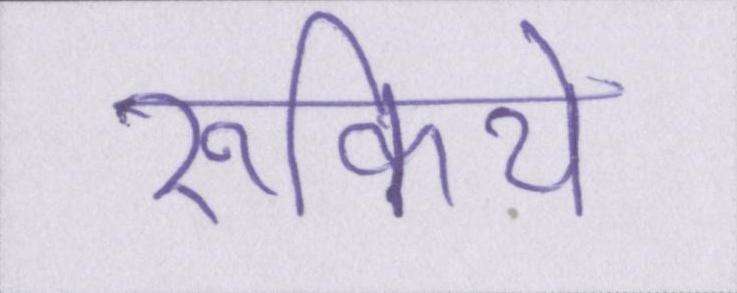
रुकिये